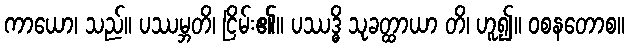
ကာယော၊ သည်။ ပဿမ္ဘတိ၊ ငြိမ်း၏။ ပဿဒ္ဓိ သုခတ္ထာယာ တိ၊ ဟူ၍။ ဝစနတောစ။